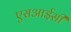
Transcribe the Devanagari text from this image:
एसआईसी